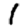
Digit: 1